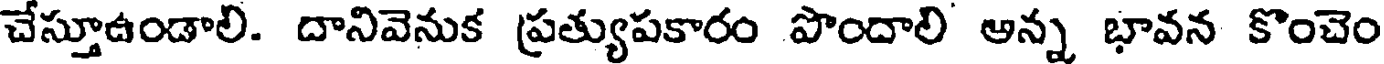
చేస్తూఉండాలి. దానివెనుక ప్రత్యుపకారం పొందాలి అన్న భావన కొంచెం